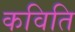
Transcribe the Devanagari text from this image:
कविति